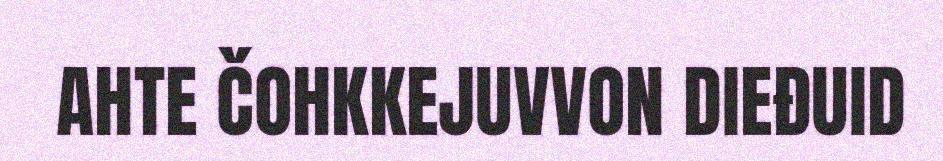
AHTE ČOHKKEJUVVON DIEĐUID